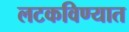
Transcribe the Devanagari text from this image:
लटकविण्यात